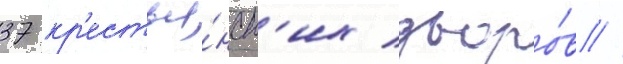
37 кр'естья́нск'их дворо́в //